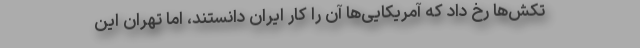
تکش‌ها رخ داد که آمریکایی‌ها آن را کار ایران دانستند، اما تهران این